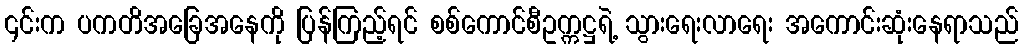
၎င်းက ပကတိအခြေအနေကို ပြန်ကြည့်ရင် စစ်ကောင်စီဥက္ကဋ္ဌရဲ့ သွားရေးလာရေး အကောင်းဆုံးနေရာသည်